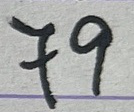
79